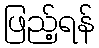
ဖြည့်ရန်